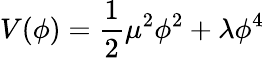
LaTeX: V(\phi)={\frac{1}{2}}\mu^{2}\phi^{2}+\lambda\phi^{4}